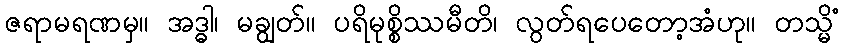
ဇရာမရဏမှ။ အဒ္ဓါ၊ မချွတ်။ ပရိမုစ္စိဿမီတိ၊ လွတ်ရပေတော့အံဟု။ တသ္မိံ